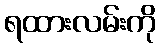
ရထားလမ်းကို